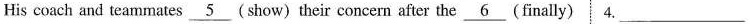
His coach and teammates \underline{5} (show)their concern after the \underline{6} (finally) 4.___